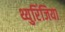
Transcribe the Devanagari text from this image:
थ्युरिंजिया